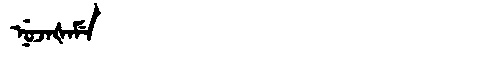
Manchu: ᠨᡠᠵᠠᡧᠠᠮᡝ
Romanization: NUJAŠAME